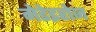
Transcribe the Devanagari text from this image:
मेडेइरोज